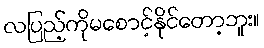
လပြည့်ကိုမစောင့်နိုင်တော့ဘူး။